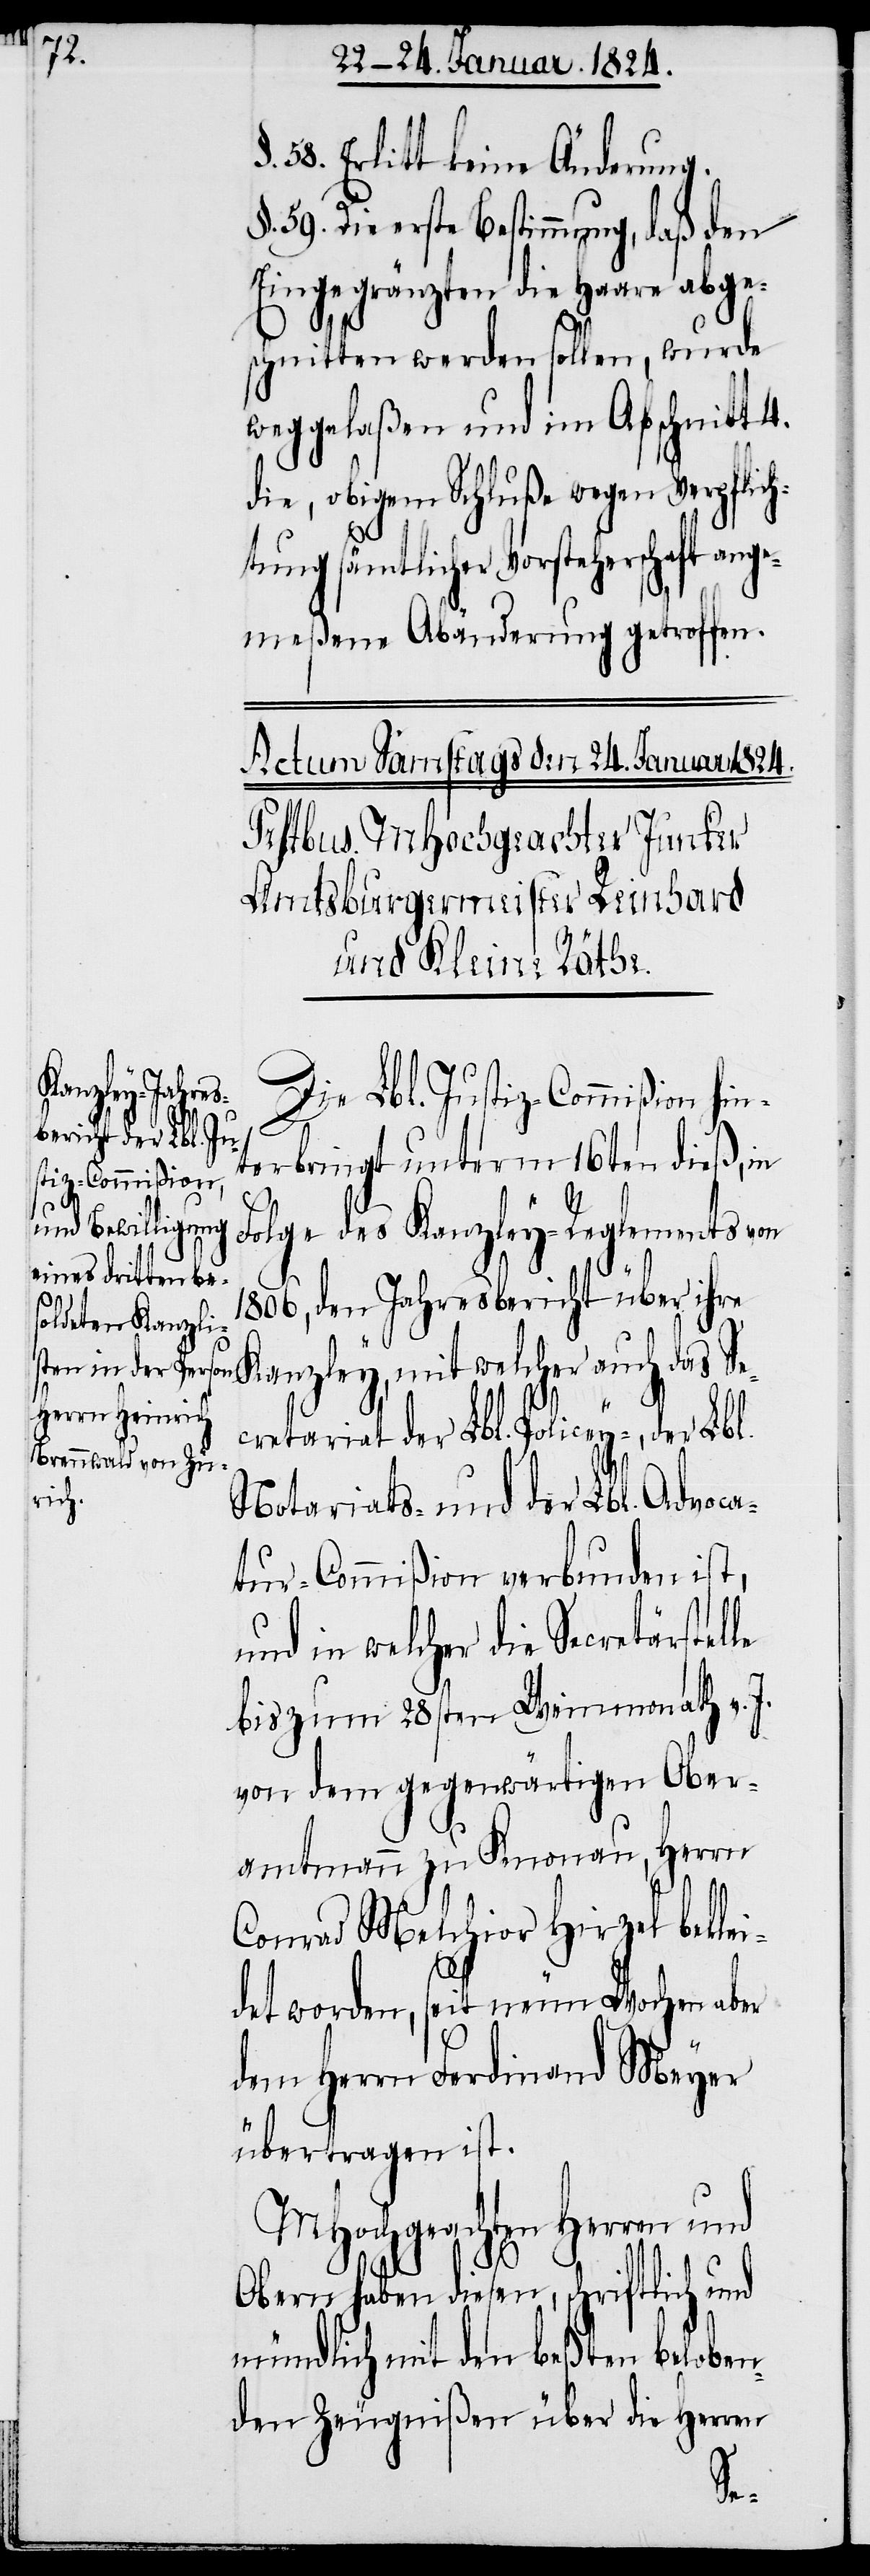
le

58. Erlitt keine Änderung.
§. 59. Die erste Bestimmung, daß den
Eingegränzten die Haare abge¬
schnitten werden sollen, wurde
weggelaßen und im Abschnitt 4.
die, obigem Schluße wegen Verpflic¬
htung sämtlicher Vorsteherschaft an¬
meßene Abänderung getroffen.
Die Lbl. Justiz-Commißion hin¬
terbringt unterm 16ten dieß, in
Folge des Kanzley-Reglements von
1806, den Jahresbericht über ihre
retariat der Lbl. Policey-, der
Notariats- und der Lbl. Advoca¬
tur-Commißion verbunden ist,
und in welcher die Secretärstel¬
bis zum 28sten Weinmonath v. J.
von dem gegenwärtigen Ober¬
amtmann zu Knonau, Herrn
Conrad Melchior Hirzel beklei¬
det worden, seit neun Wochen aber
dem Herrn Ferdinand Meyer
übertragen ist.
MHochgeachten Herren und
Obern haben diesen, schriftlich und
mündlich mit den beßten beloben¬
den Zeugnißen über die Herren
Sec¬